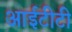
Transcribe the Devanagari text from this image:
आईटीटी